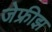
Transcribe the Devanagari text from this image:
जेफ्रीझ